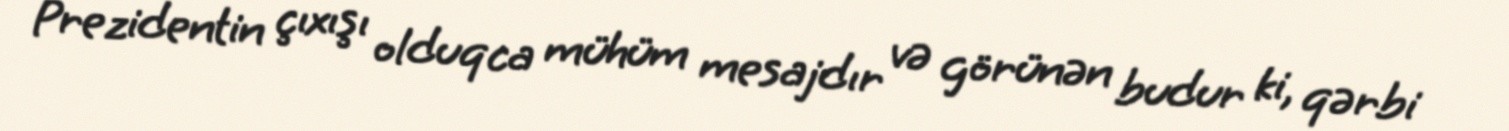
Prezidentin çıxışı olduqca mühüm mesajdır və görünən budur ki, qərbi